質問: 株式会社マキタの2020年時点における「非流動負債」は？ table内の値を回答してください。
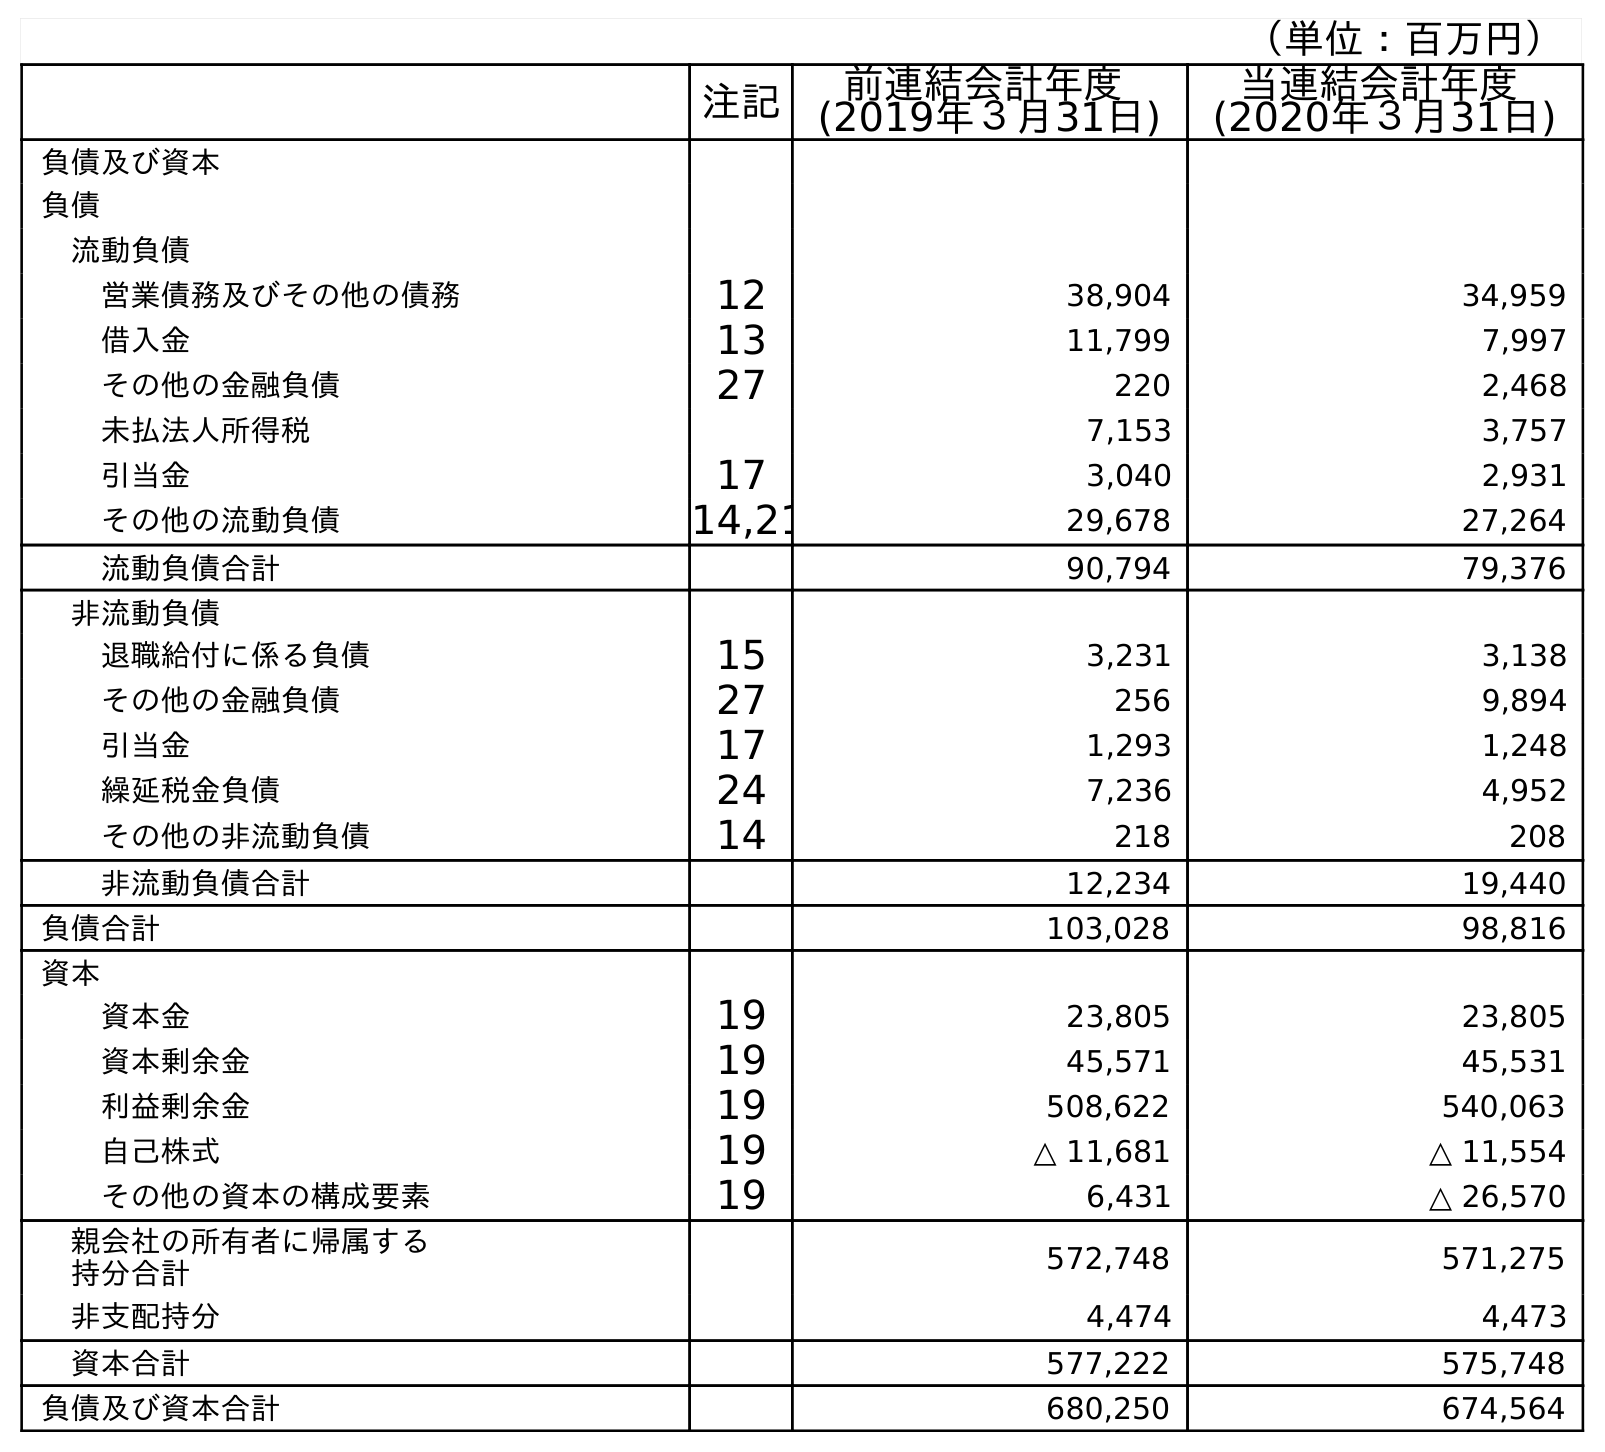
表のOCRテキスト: （単位：百万円） 注記 前連結会計年度 (2019年３月31日) 当連結会計年度 (2020年３月31日) 負債及び資本 負債 流動負債 営業債務及びその他の債務 12 38,904 34,959 借入金 13 11,799 7,997 その他の金融負債 27 220 2,468 未払法人所得税 7,153 3,757 引当金 17 3,040 2,931 その他の流動負債 14,21 29,678 27,264 流動負債合計 90,794 79,376 非流動負債 退職給付に係る負債 15 3,231 3,138 その他の金融負債 27 256 9,894 引当金 17 1,293 1,248 繰延税金負債 24 7,236 4,952 その他の非流動負債 14 218 208 非流動負債合計 12,234 19,440 負債合計 103,028 98,816 資本 資本金 19 23,805 23,805 資本剰余金 19 45,571 45,531 利益剰余金 19 508,622 540,063 自己株式 19 △ 11,681 △ 11,554 その他の資本の構成要素 19 6,431 △ 26,570 親会社の所有者に帰属する 持分合計 572,748 571,275 非支配持分 4,474 4,473 資本合計 577,222 575,748 負債及び資本合計 680,250 674,564
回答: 19,440